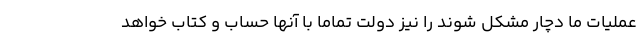
عملیاتِ ما دچار مشکل شوند را نیز دولت تماماً با آنها حساب و کتاب خواهد